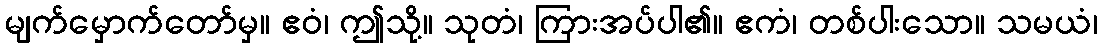
မျက်မှောက်တော်မှ။ ဧဝံ၊ ဤသို့။ သုတံ၊ ကြားအပ်ပါ၏။ ဧကံ၊ တစ်ပါးသော။ သမယံ၊